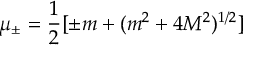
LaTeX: \mu _ { \pm } = \frac { 1 } { 2 } [ \pm m + ( m ^ { 2 } + 4 M ^ { 2 } ) ^ { 1 / 2 } ]